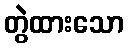
တွဲထားသော